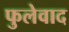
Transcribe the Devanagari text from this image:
फुलेवाद